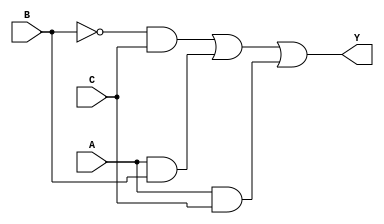
module sop_simplification (
    input wire A,  // Input A
    input wire B,  // Input B
    input wire C,  // Input C
    output wire Y  // Output Y
);

// Simplified SOP expression derived from the minterms
// Minterms: 1 (001), 3 (011), 5 (101), 7 (111)
// Corresponding SOP expression: Y = B'C + AB + AC

assign Y = (~B & C) | (A & B) | (A & C);

endmodule